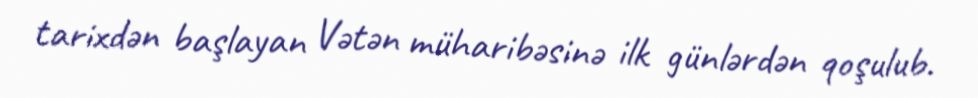
tarixdən başlayan Vətən müharibəsinə ilk günlərdən qoşulub.